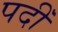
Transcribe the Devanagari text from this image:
पदीँ